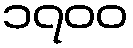
၁၇၀၀